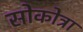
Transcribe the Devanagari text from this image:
सोकोत्रा